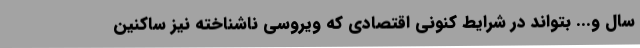
سال و... بتواند در شرایط کنونی اقتصادی که ویروسی ناشناخته نیز ساکنین